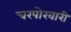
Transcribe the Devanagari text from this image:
चरपोखारी